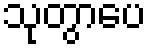
သုတွာပေ